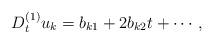
LaTeX: \begin{align*}D_t^{(1)} u_k= b_{k1}+2b_{k2}t+\cdots,\end{align*}